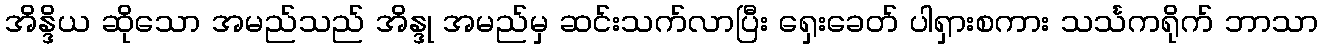
အိန္ဒိယ ဆိုသော အမည်သည် အိန္ဒု အမည်မှ ဆင်းသက်လာပြီး ရှေးခေတ် ပါရှားစကား သင်္သကရိုက် ဘာသာ